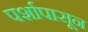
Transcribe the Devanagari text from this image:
पर्शापासून